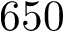
6 5 0